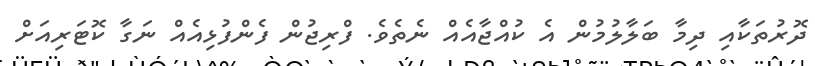
ދޮރުތަކާއި ދިމާ ބަލާލުމުން އެ ކުއްޖާއެއް ނެތެވެ. ފްރިޖުން ފެންފުޅިއެއް ނަގާ ކޮޓަރިއަށް